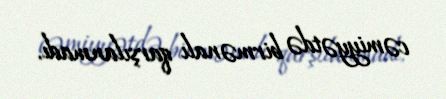
cəmiyyətdə birmənalı qarşılanmadı.